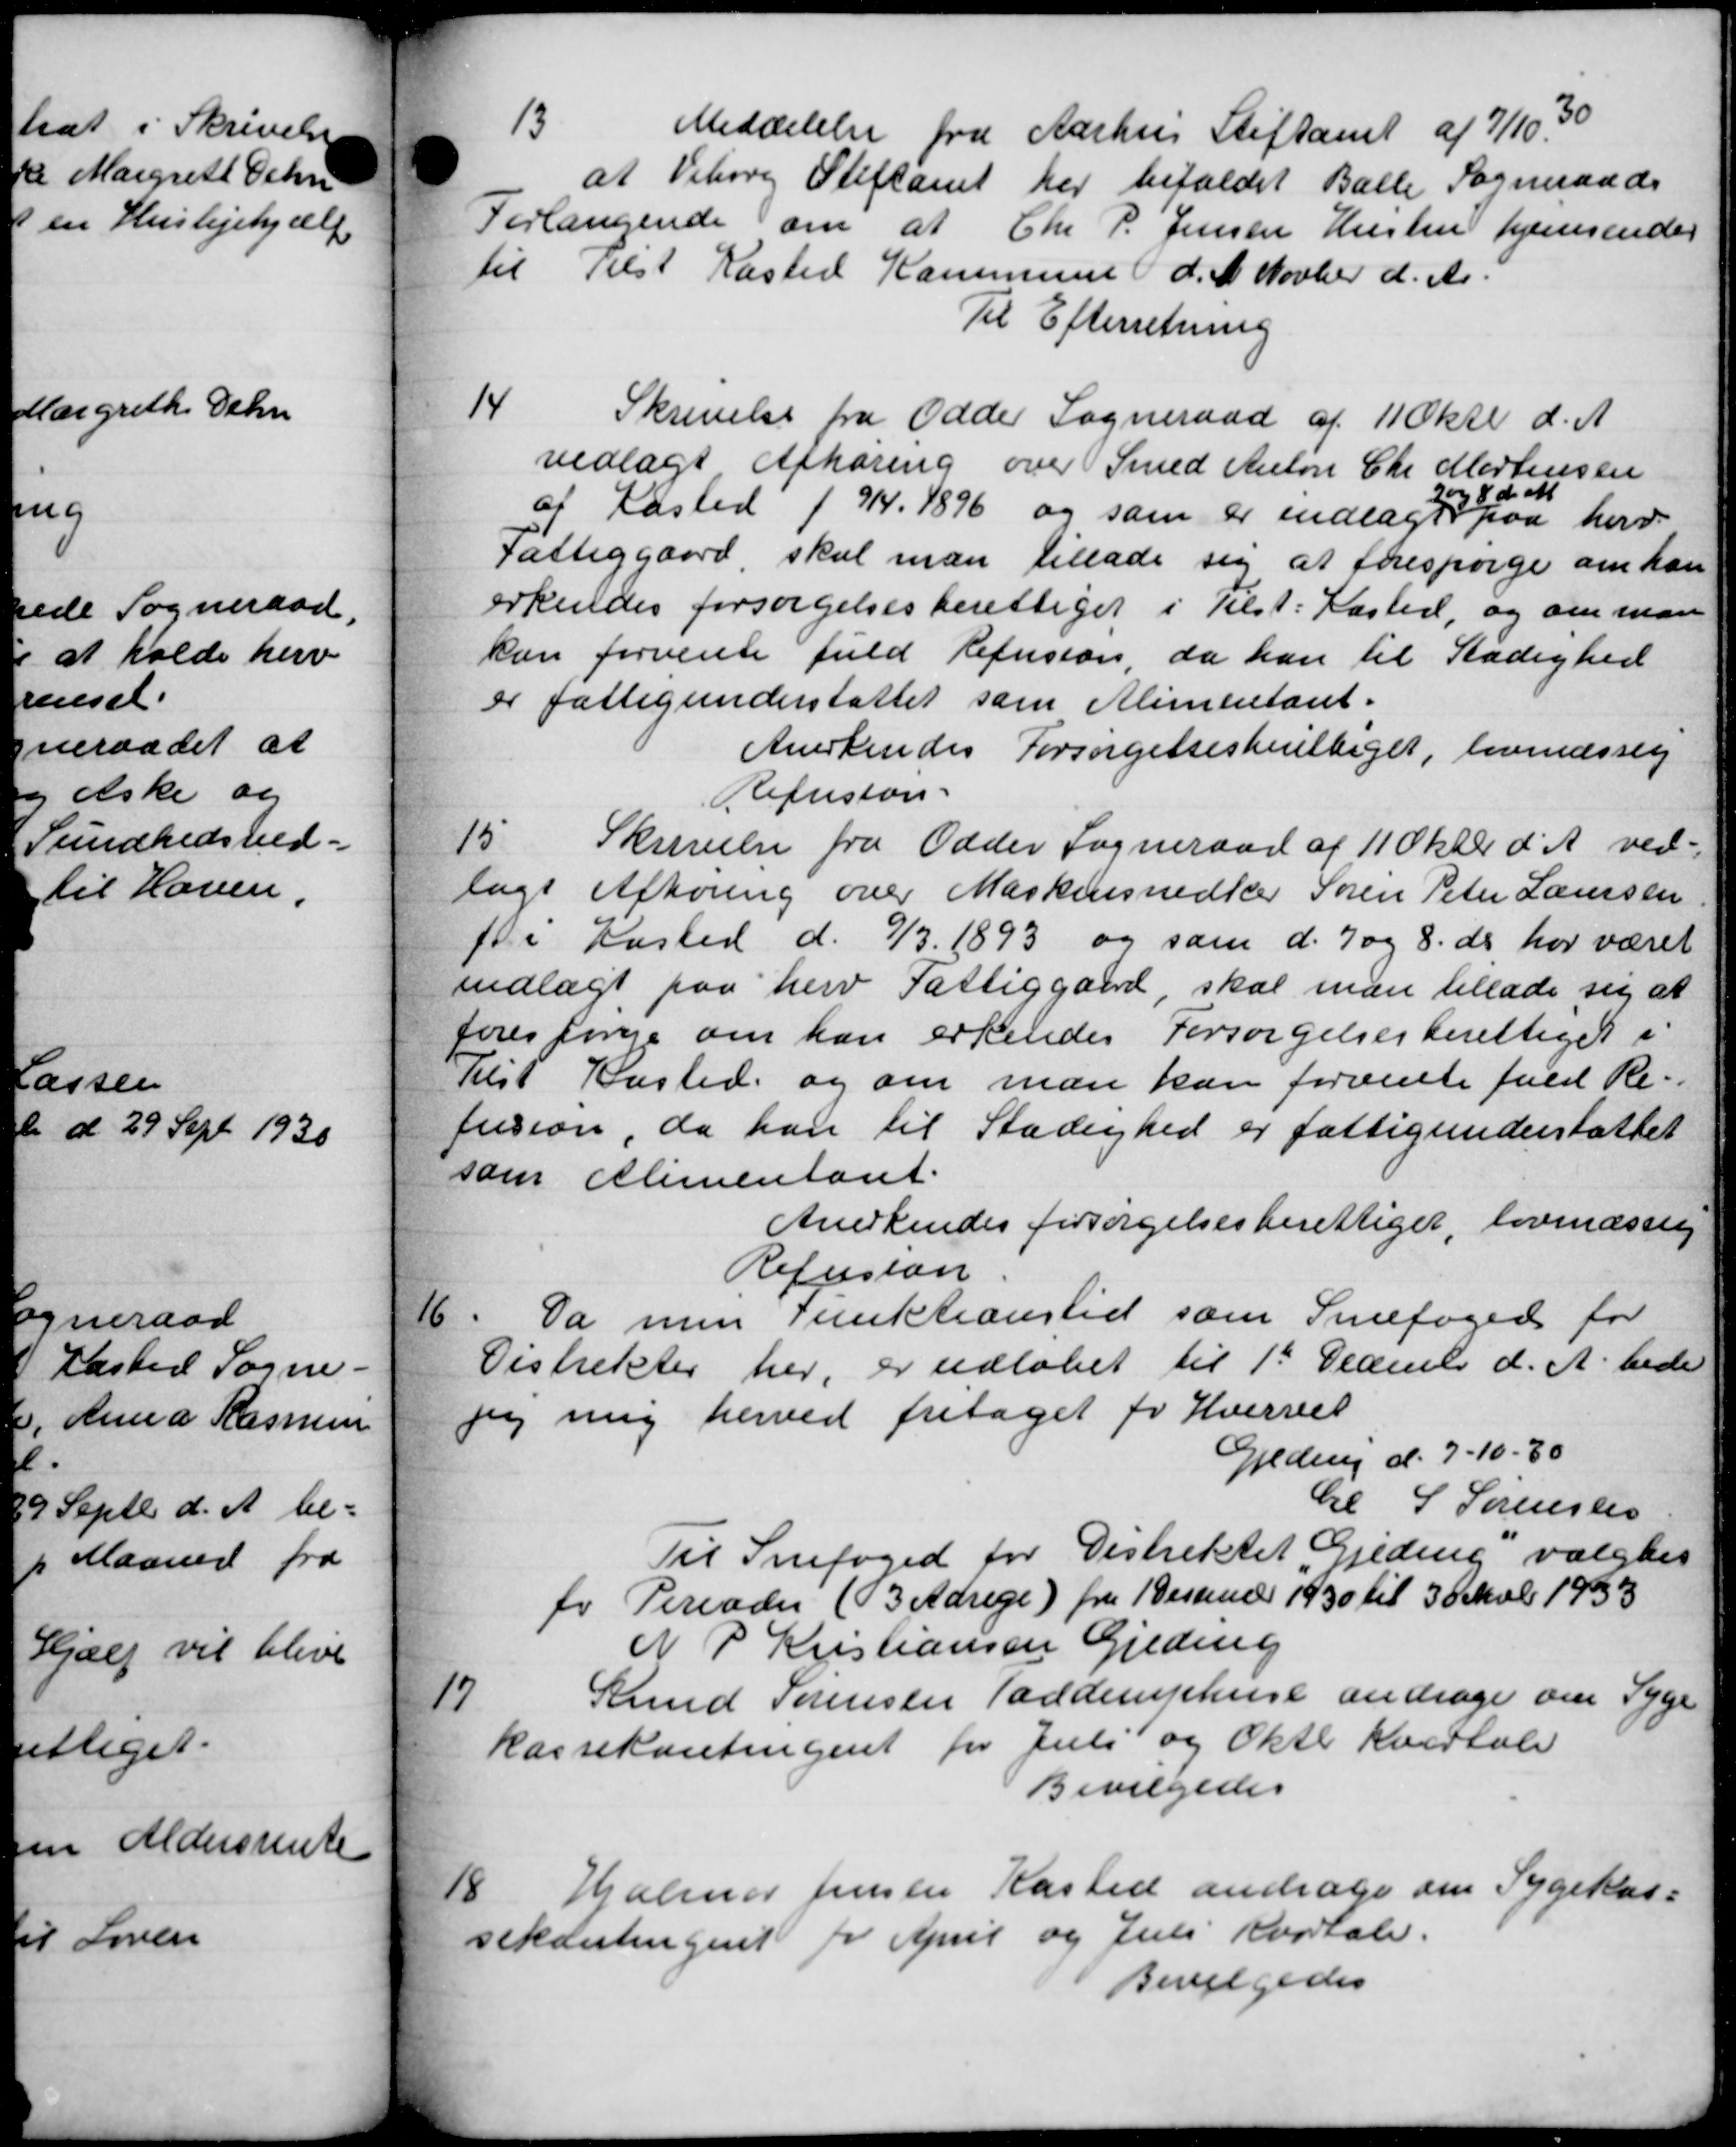
Transskription:
13
Meddelelse fra Aarhus Stiftamt af 7/10 30
at Viborg Stiftamt her bifaldet Balle Sogneraads
Forlangende om at Chr P. Jensen Hustru hjemsender
til Tilst Kasted Kommune d. A. Novber d. A.
Til Efterretning
14
Skrivelse fra Odder Sogneraad af 11 Oktb d. A.
vedlagt Afhøring over Smed Anton Chr Mortensen
og 8 d. M
af Kasted f 9/4 1896 og som er indlagt paa herv
Fattiggaard skal man tillade sig at forespørge om han
erkendes forsørgelsesberettiget i Tilst: Kasted, og om man
kan forvente fuld Refusion, da han til Stadighed
er fattigunderstøttet som Alimentant.
Anerkendes Forsørgelsesberettiget, levendssig
Refusion.
15
Skrivelse fra Odder Sogneraad af 11 Oktbr. d. A. ved-
lags Afhøring over Maskinsnedker Søren Peter Laursen
fr Kasted d. 9/3 1893 og som d. 7 og 8 ds har været
indlagt paa herv Fattiggaard, skal man tillade sig at
forespørge om han erkendes Forsørgelsesberettiget i
Tilst Kasted og om man kan forvente fuld Re-
fusion, da han til Stadighed er fattigunderstøttet
som Alimentant.
Anerkendes forsørgelsesberettiget, lovmæssig
Refusion

Da men Funktionstid som Snefoged for
Distrikter her, er udløbet til 1st December d. A. bede
og mig herved fritaget for Hvervet
Gjeding d. 7-10.80
Cl S Sørensen
Til Snefoged for Distriktet Gjeding valgtes
for Perioder (3 Adrige) fra 1 Desember 1930 til 30 Juli 1933
N P Kristiansen Gjedrup

Knud Sørensen Taddemphure andrager om Syge
kassekontingent for Juli og Oktb Kvartale
Bevilgedes
18
Hjælper Jensen Kasted andrage om Sygekass
Adestingent for April og Juli Kvartale.
Bevilgedes